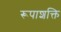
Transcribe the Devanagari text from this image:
रूपाशक्ति